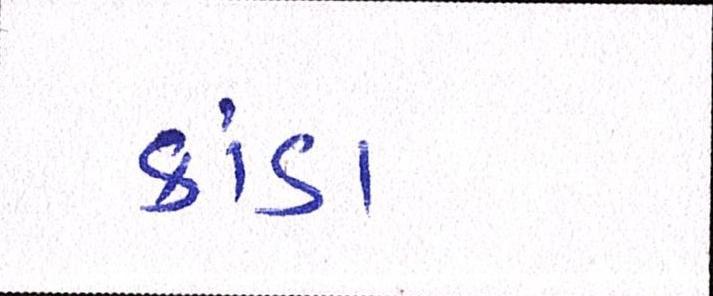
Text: કાંડા